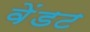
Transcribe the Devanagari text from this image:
वेंडट